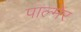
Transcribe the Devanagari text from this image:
पाल्मेर